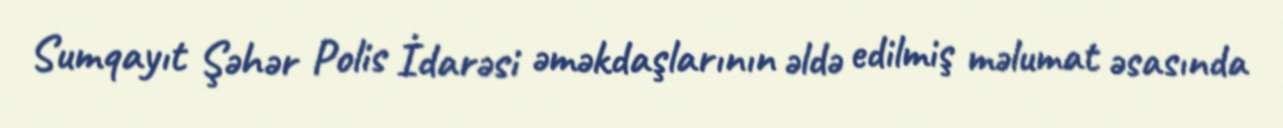
Sumqayıt Şəhər Polis İdarəsi əməkdaşlarının əldə edilmiş məlumat əsasında